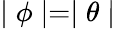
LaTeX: \mid\phi\mid=\mid\theta\mid